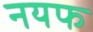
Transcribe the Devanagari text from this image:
नयफ